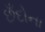
છઁદોના